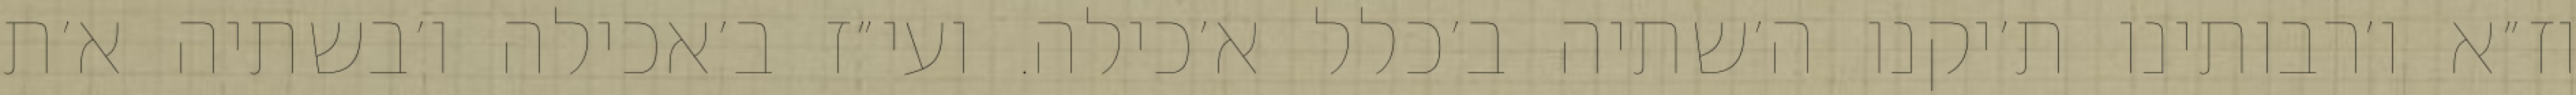
וז״א ו׳רבותינו ת׳יקנו ה׳שתיה ב׳כלל א׳כילה. ועי״ז ב׳אכילה ו׳בשתיה א׳ת